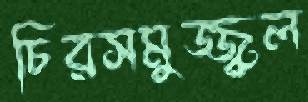
চিরসমুজ্জ্বল